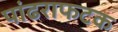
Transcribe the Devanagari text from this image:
पांढराफटक